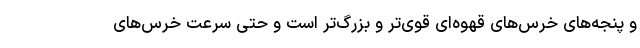
و پنجه‌های خرس‌های قهوه‌ای قوی‌تر و بزرگ‌تر است و حتی سرعت خرس‌های